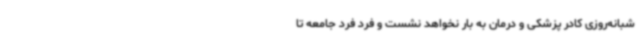
شبانه‌روزی کادر پزشکی و درمان به بار نخواهد نشست و فرد فرد جامعه تا